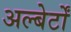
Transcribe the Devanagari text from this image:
अल्बेर्टों